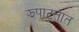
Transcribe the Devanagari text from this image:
झपाटतात